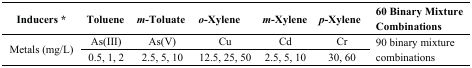
<table><thead><tr><td><b>Inducers *</b></td><td><b>Toluene</b></td><td><b><i>m</i>-Toluate</b></td><td><b><i>o</i>-Xylene</b></td><td><b><i>m</i>-Xylene</b></td><td><b><i>p</i>-Xylene</b></td><td><b>60 Binary Mixture Combinations</b></td></tr></thead><tbody><tr><td rowspan="2">Metals (mg/L)</td><td>As(III)</td><td>As(V)</td><td>Cu</td><td>Cd</td><td>Cr</td><td rowspan="2">90 binary mixture combinations</td></tr><tr><td>0.5, 1, 2</td><td>2.5, 5, 10</td><td>12.5, 25, 50</td><td>2.5, 5, 10</td><td>30, 60</td></tr></tbody></table>